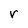
Character: r